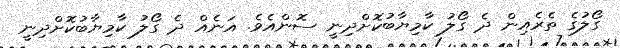
ގޯލުގެ ތެރެއިން ދެ ގޯލު ކާމިޔާބުކޮށްދިނީ ސޮންއެވެ. އަނެއް ދެ ގޯލު ކާމިޔާބުކޮށްދިނީ